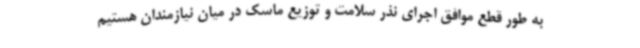
به طور قطع موافق اجرای نذر سلامت و توزیع ماسک در میان نیازمندان هستیم